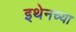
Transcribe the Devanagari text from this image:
इथेनच्या